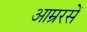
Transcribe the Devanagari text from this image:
आम्ररसें